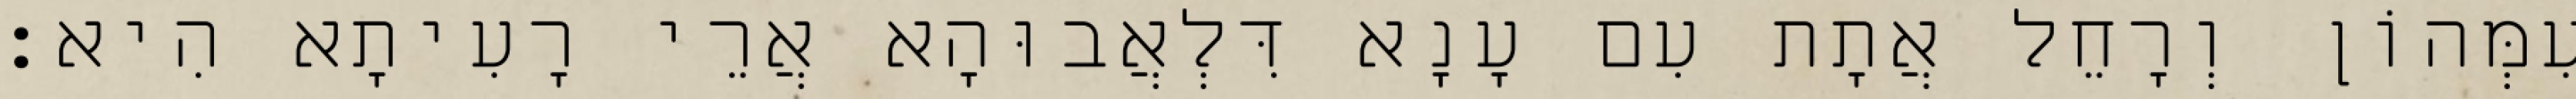
עִמְּהוֹן וְרָחֵל אֲתָת עִם עָנָא דִּלְאֲבוּהָא אֲרֵי רָעִיתָא הִיא׃